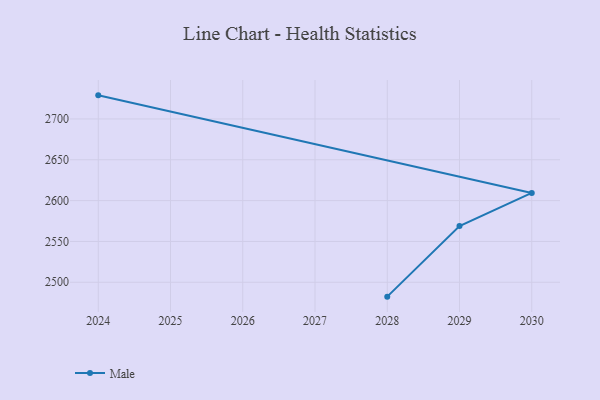
{"axis": {"x": "Year", "y": "Conversion Rate (%)"}, "legend": ["Male"], "data": [{"x": "2028", "y": 2482.4, "type": "Male"}, {"x": "2029", "y": 2568.9, "type": "Male"}, {"x": "2030", "y": 2609.4, "type": "Male"}, {"x": "2024", "y": 2728.9, "type": "Male"}]}